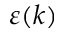
\varepsilon ( k )